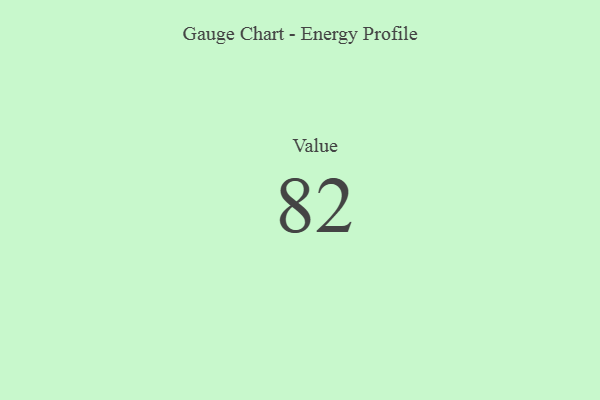
{"axis": {"x": "Metric", "y": "Value"}, "legend": [""], "data": [{"x": "Value", "y": 82, "type": ""}]}